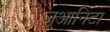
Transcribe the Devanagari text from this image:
जूआनिटा